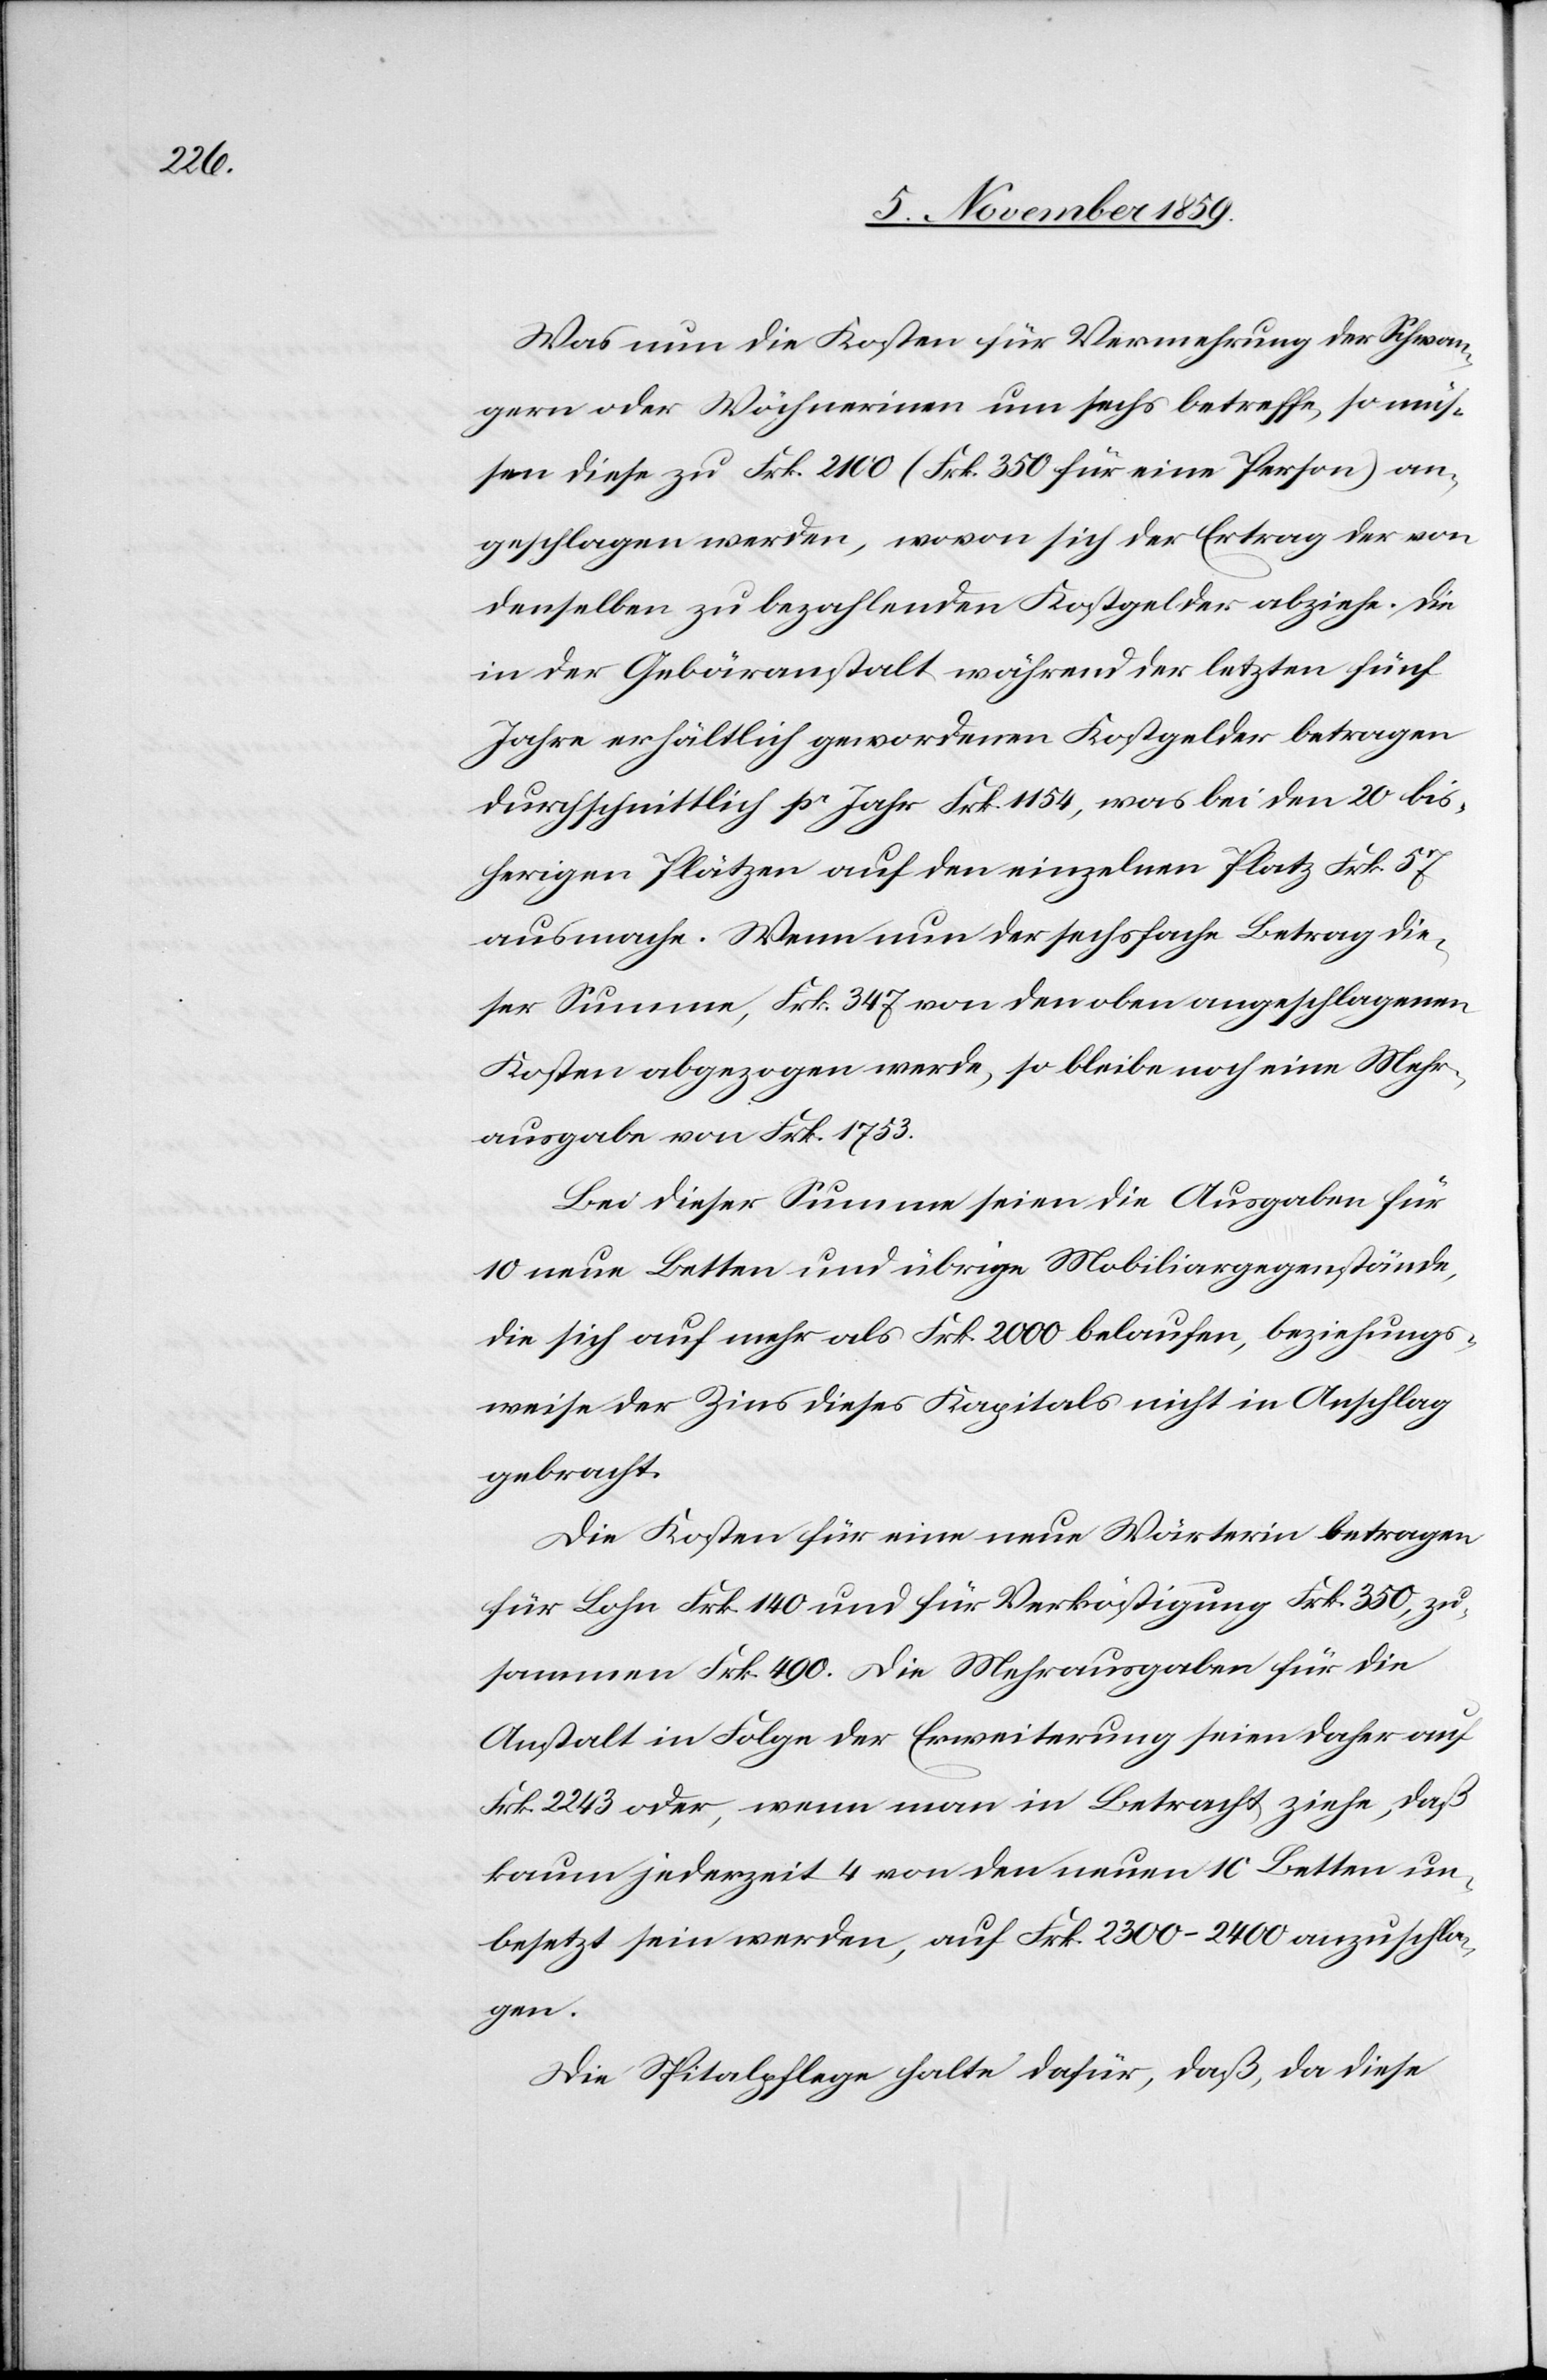
Was nun die Kosten für Vermehrung der Schwan¬
gern oder Wöchnerinen um sechs betreffe, so müs¬
sen diese zu Frk. 2100 (Frk. 350 für eine Person) an¬
geschlagen werden, wovon sich der Ertrag der von
denselben zu bezahlenden Kostgelder abziehe. Die
in der Gebäranstalt während der letzten fünf
Jahre erhältlich gewordenen Kostgelder betragen
durchschnittlich pr Jahr Frk. 1154, was bei den 20 bis¬
herigen Plätzen auf den einzelnen Platz Frk. 57
ausmache. Wenn nun der sechsfache Betrag die¬
ser Summe, Frk. 347 von den oben angeschlagenen
Kosten abgezogen werden, so bleibe noch eine Mehr¬
ausgabe von Frk. 1753.
Bei dieser Summe seien die Ausgaben für
10 neue Betten und übrigen Mobiliargegenstände,
die sich auf mehr als Frk. 2000 belaufen, beziehungs¬
weise der Zins dieses Kapitals nicht in Anschlag
gebracht.
Die Kosten für eine neue Wärterin betragen
für Lohn Frk. 140 und für Verköstigung Frk. 350, zu¬
sammen Frk. 490. Die Mehrausgaben für die
Anstalt in Folge der Erweiterung seien daher auf
Frk. 2243 oder, wenn man in Betracht ziehe, daß
kaum jederzeit 4 von den neuen 10 Betten un¬
benutzt sein werden, auf Frk. 2300–2400 anzuschla¬
gen.
Die Spitalpflege halte dafür, daß, da diese